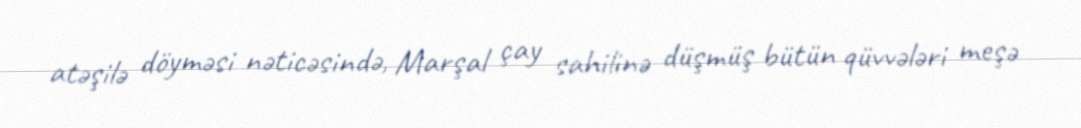
atəşilə döyməsi nəticəsində, Marşal çay sahilinə düşmüş bütün qüvvələri meşə